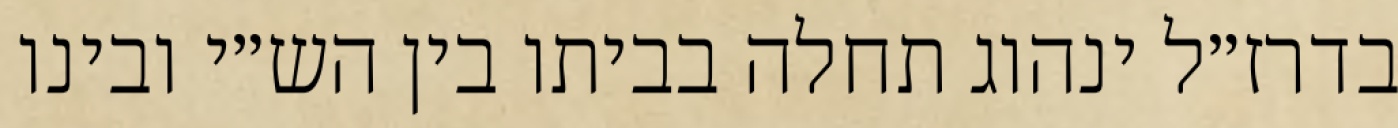
בדרז״ל ינהוג תחלה בביתו בין הש״י ובינו